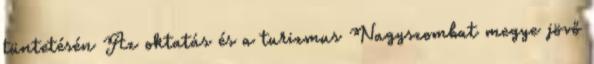
tüntetésén Az oktatás és a turizmus Nagyszombat megye jövő